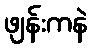
ဖျန်းကနဲ